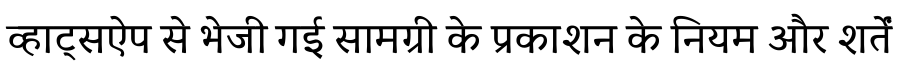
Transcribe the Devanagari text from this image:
व्हाट्सऐप से भेजी गई सामग्री के प्रकाशन के नियम और शर्तें